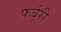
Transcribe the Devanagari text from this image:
फर्बूरी